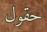
حقول